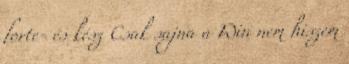
forte- és kész Csak sajna a Win nem hiszem